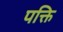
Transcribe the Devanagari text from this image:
पक्ति